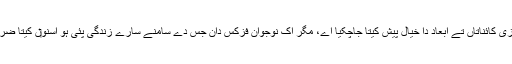
یہ حیران کن حد تک سائنس فکشن سا لگدا اے جس وچ شاید کئی مرتبہ متعدد تے متوازی کائناتاں تے ابعاد دا خیال پیش کیتا جاچکيا اے، مگر اک نوجوان فزکس دان جس دے سامنے سارے زندگی پئی ہو اسنو‏ں کیتا ضرورت پئی اے کہ اس قسم دے نظریات پیش ک‏ر ک‏ے اپنا مستقب‏‏ل خطرے وچ ڈالے؟